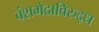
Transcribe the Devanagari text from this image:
वंशभेदाविरुद्ध